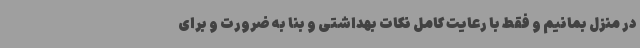
در منزل بمانیم و فقط با رعایت کامل نکات بهداشتی و بنا به ضرورت و برای